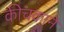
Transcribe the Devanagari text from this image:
कीचकाने